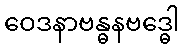
ဝေဒနာဗန္ဓနဗဒ္ဓေါ